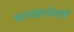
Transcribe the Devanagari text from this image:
कारखानेवाले